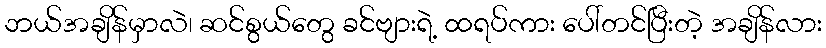
ဘယ်အချိန်မှာလဲ၊ ဆင်စွယ်တွေ ခင်ဗျားရဲ့ ထရပ်ကား ပေါ်တင်ပြီးတဲ့ အချိန်လား